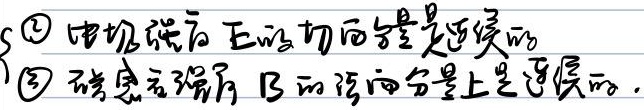
\[\begin{cases}
\text{\textcircled{1} 电场强度}\vec{E}\text{的切向分量是连续的}\\
\text{\textcircled{2} 磁感应强度}\vec{B}\text{的法向分量是连续的}
\end{cases}\]